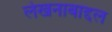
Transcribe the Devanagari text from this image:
लेखनाबाद्दल